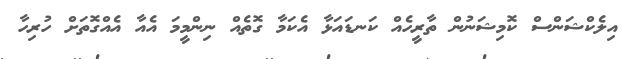
އިލެކްޝަންސް ކޮމިޝަނުން ތާރީހެއް ކަނޑައަޅާ އެކަމާ ގޮތެއް ނިންމީމަ އެއާ އެއްގޮތަށް ހުރިހާ